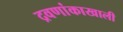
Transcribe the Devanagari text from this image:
द्रवणांकाखाली